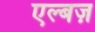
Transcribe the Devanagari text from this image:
एल्बज़